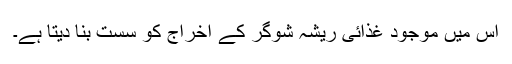
اس میں موجود غذائی ریشہ شوگر کے اخراج کو سست بنا دیتا ہے۔